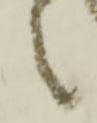
え